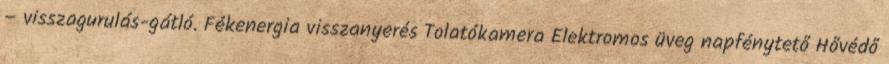
– visszagurulás-gátló. Fékenergia visszanyerés Tolatókamera Elektromos üveg napfénytető Hővédő